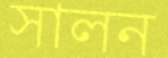
সালন